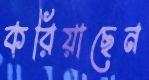
করিয়াছেন